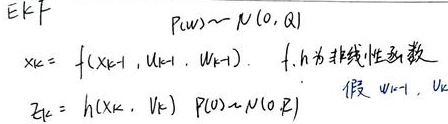
扩展卡尔曼滤波（EKF）中：
\[
\begin{align*}
P_{k|k - 1}&\sim \mathcal{N}(0, Q)\\
x_{k}&= f(x_{k - 1}, u_{k - 1}, w_{k - 1}) \quad \text{其中 } f, h \text{ 为非线性函数}\\
z_{k}&= h(x_{k}, v_{k}) \quad P(v)\sim \mathcal{N}(0, R) \quad \text{假设已知 } u_{k - 1}, v_{k}
\end{align*}
\]